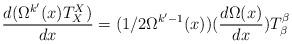
LaTeX: \begin{align*}\frac{d(\Omega^{k'}(x)T^{X}_{X})}{dx}=(1/2 \Omega^{k'-1}(x)) (\frac{d\Omega(x)}{dx})T^{\beta}_{\beta}\end{align*}